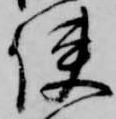
使